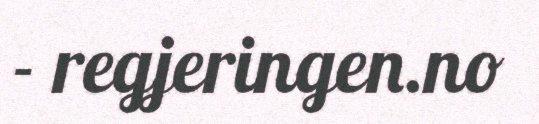
- regjeringen.no